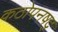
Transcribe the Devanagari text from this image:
कठोपनषद्